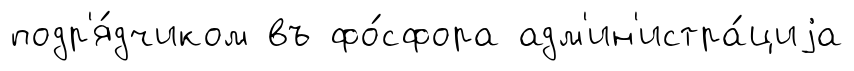
подр'я́дчиком въ фо́сфора адм'ин'истра́циjа